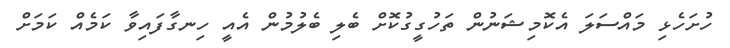
ހުށަހެޅި މައްސަލަ އެކޮމިޝަނުން ތަހުގީގުކޮށް ބެލި ބެލުމުން އެއީ ހިނގާފައިވާ ކަމެއް ކަމަށް